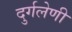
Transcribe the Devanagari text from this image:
दुर्गलेणी